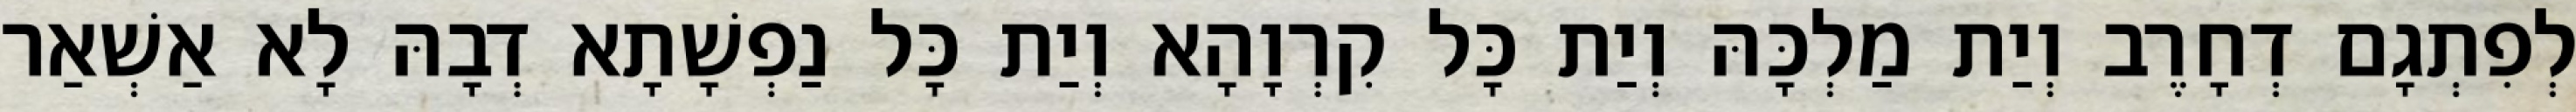
לְפִתְגָם דְחָרֶב וְיַת מַלְכָּהּ וְיַת כָּל קִרְוָהָא וְיַת כָּל נַפְשָׁתָא דְבָהּ לָא אַשְׁאַר